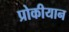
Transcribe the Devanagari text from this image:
प्रोकीयान